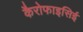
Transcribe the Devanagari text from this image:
कैरोफाइसिई